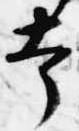
幸